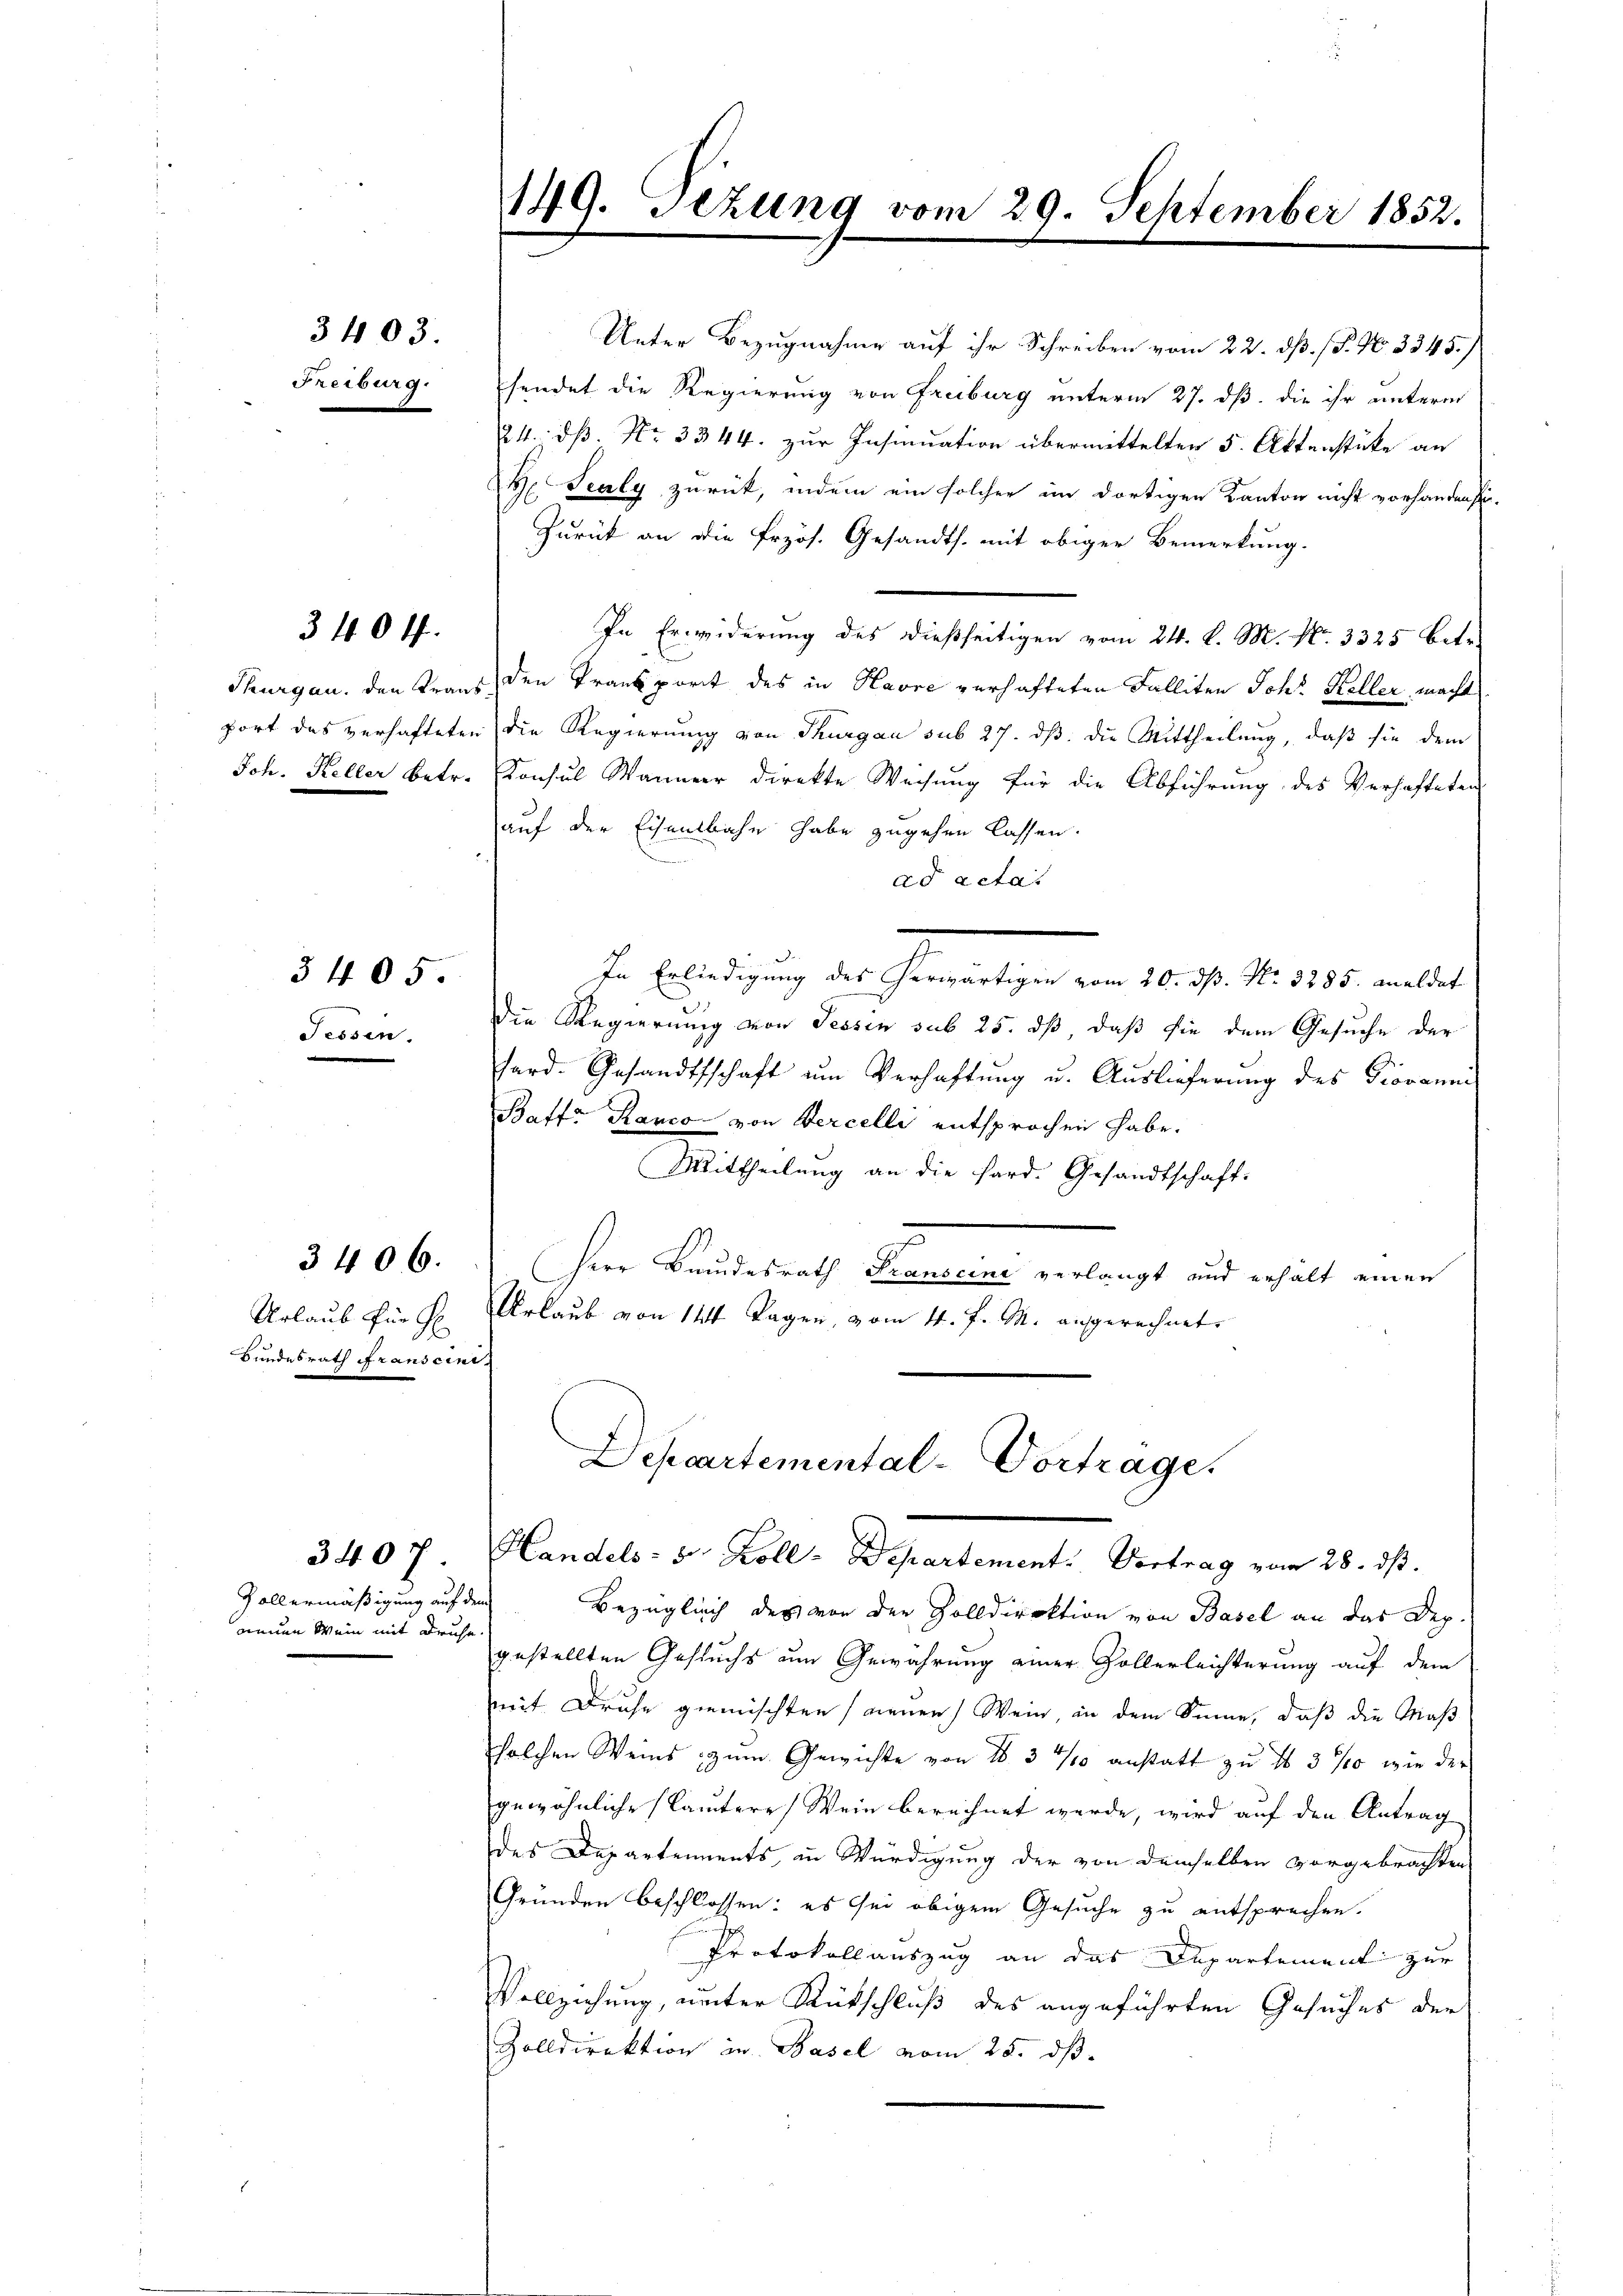
Urlaub für G
Bundesrath Franscini

Freiburg.

3403.

Jessen.

340 ff.

3405.

3406.

3407.

Gallermäßigung auf dem
neuen Wein mit Druhe.

port das verhafteten die Regierung von Thurgau sub 27. dß die Mittheilung, daß sie dem
Joh. Keller betr. Consul Männer direkte Weisung für die Abführung des Verhafteten
auf der Eisenbahn habe zugehen lassen.
ad acta.
In Erledigung des Gewärtigen vom 20. N. N. 3235. mellet
Die Regierung von Tessin sub 25. dß daß sie dem Gesuche der
hard. Gesandtschaft um Verhaftung u. Auslieferung des Giovanni
Baftr Ranco von Percelli entsprochen habe.
Mittheilung an die fard. Gesandtschaft:
Ien Landesrath Domini verlangt und erhält einen
Urlaub von 14 Tagen, vom 4. J. M. angerechnet.

149. Sezung vom 29. September 1852.

Unter Bezugnahme auf ihr Schreiben vom 22. dß. (P. No. 3345.
sendet die Regierung von Freiburg unterm 27. dß die ihr unterm
24. dß. Nr. 3344. zur Insinuation übermittelten 5. Aktenstücke an
 Sealy zurück, indem ein solcher im dortigen Kanton nicht vorhanden sei.
Zurück an die Frzös. Gesandts. mit obiger Bemerkung.
In Erwiderung des dießseitigen vom 24. d. M. No. 3325 betr.
Thurgau, den Kraus den Transport des in Havre verhafteten Falliten Joh. Keller, macht

Depcartemental-Vortrage.
Handels- & Koll-Departement. Vortrag vom 28. ds.

Bezüglich des von den Zolldirektion von Basel an das Dep
gestellten Gesuchs um Gewährung einer Zollerleichterung auf dem
mit Druhe gemischten neuen Wein, in dem Sinne, daß die Maß
solchen Weins zum Gewichte von No 3 1/10 anstatt zu No 3 % wie der
gewöhnliche (lautere Wein berechnet werde, wird auf den Antrag
des Departements, in Würdigung der von demselben vorgebrachten
Gründen beschlossen: es sei obigem Gesuche zu entsprechen.
Protokoll auszug an das Departement zur
Vollziehung, unter Rückschluß des angeführten Gesuches der
Zolldirektion in Basel vom 25. ds.